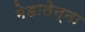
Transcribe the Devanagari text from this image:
मेडालेन्ना